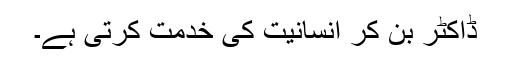
ڈاکٹر بن کر انسانیت کی خدمت کرتی ہے۔